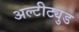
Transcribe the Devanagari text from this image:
अल्टीट्युड